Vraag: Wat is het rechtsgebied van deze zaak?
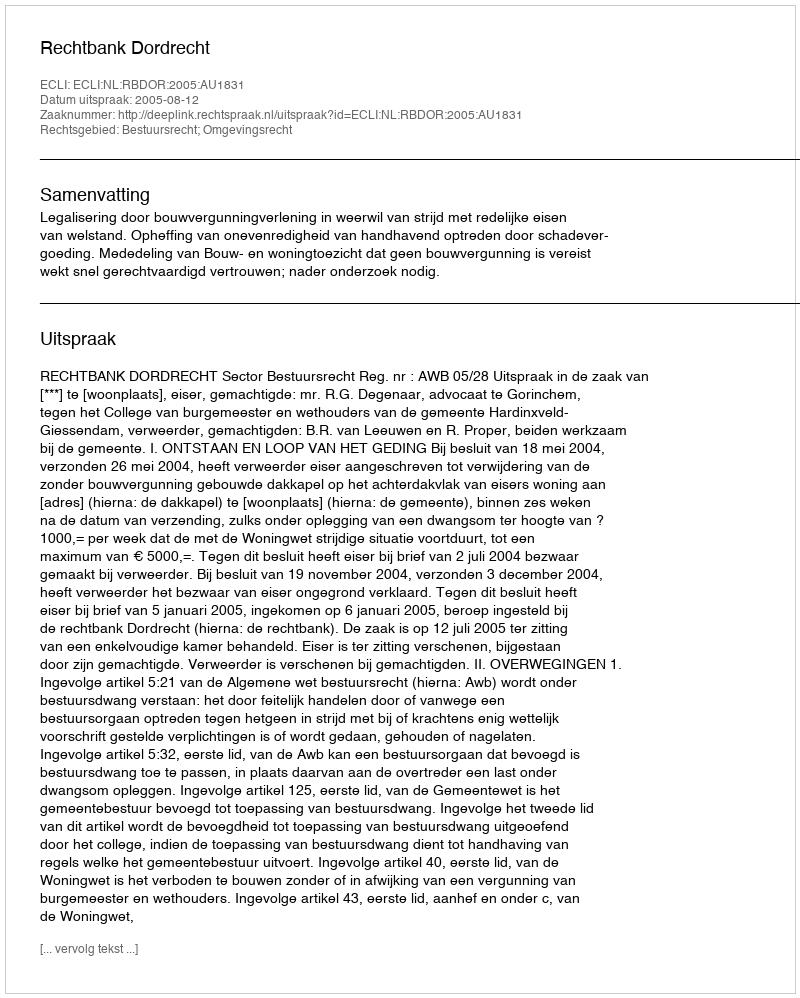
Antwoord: Bestuursrecht; Omgevingsrecht